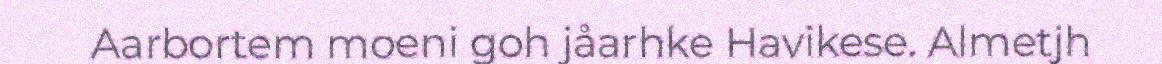
Aarbortem moeni goh jåarhke Havikese. Almetjh